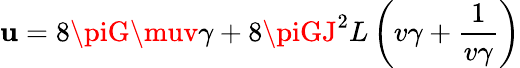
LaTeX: \mathbf{u}=8\piG\muv\gamma+8\piGJ^{2}L\left(v\gamma+\frac{{1}}{{v\gamma}}\right)